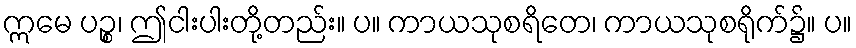
ဣမေ ပဉ္စ၊ ဤငါးပါးတို့တည်း။ ပ။ ကာယသုစရိတေ၊ ကာယသုစရိုက်၌။ ပ။